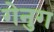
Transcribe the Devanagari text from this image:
गेनुग